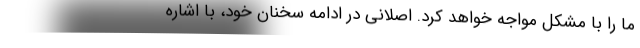
ما را با مشکل مواجه خواهد کرد. اصلانی در ادامه سخنان خود، با اشاره